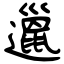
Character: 邋